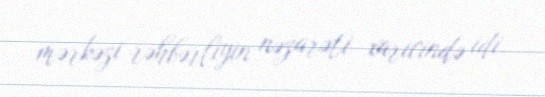
mərkəzi rəhbərliyin nəzarəti xaricində idi.